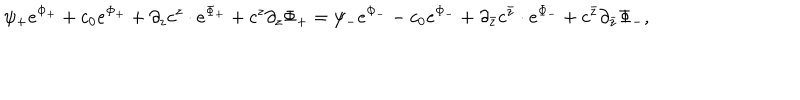
\psi _ { + } e ^ { \Phi _ { + } } + c _ { 0 } e ^ { \Phi _ { + } } + \partial _ { z } c ^ { z } \cdot e ^ { \Phi _ { + } } + c ^ { z } \partial _ { z } \Phi _ { + } = \psi _ { - } e ^ { \Phi _ { - } } - c _ { 0 } e ^ { \Phi _ { - } } + \partial _ { \bar { z } } c ^ { \bar { z } } \cdot e ^ { \Phi _ { - } } + c ^ { \bar { z } } \partial _ { \bar { z } } \Phi _ { - } ,